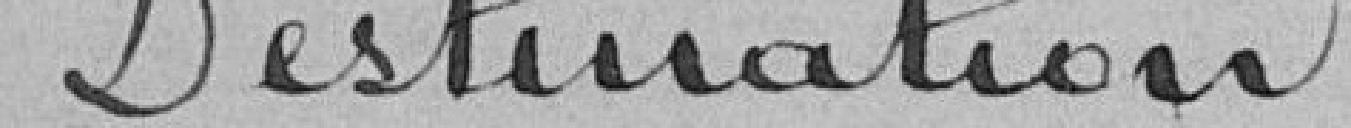
Destination